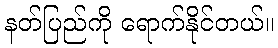
နတ်ပြည်ကို ရောက်နိုင်တယ်။